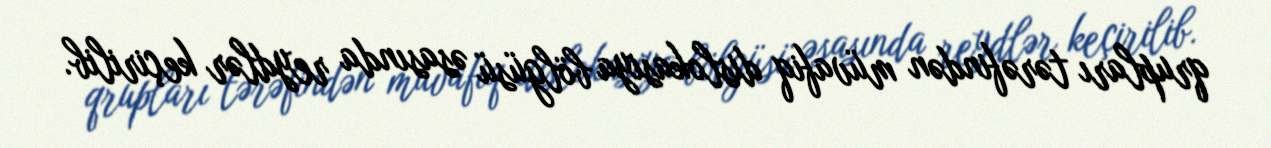
qrupları tərəfindən müvafiq dislokasiya bölgüsü əsasında reydlər keçirilib.